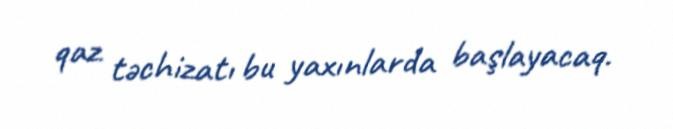
qaz təchizatı bu yaxınlarda başlayacaq.